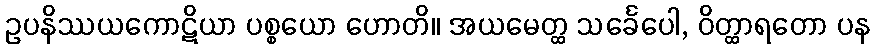
ဥပနိဿယကောဋိယာ ပစ္စယော ဟောတိ။ အယမေတ္ထ သင်္ခေပေါ, ဝိတ္ထာရတော ပန